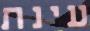
עינת